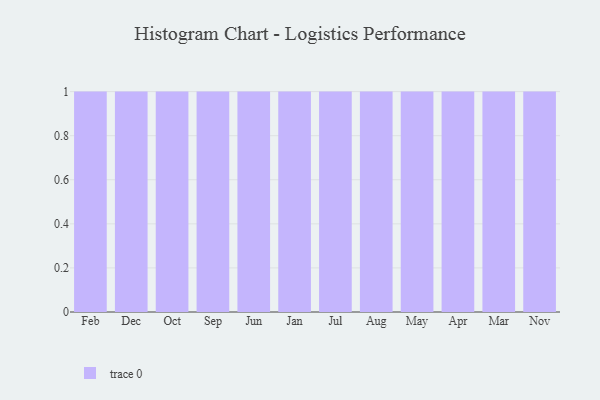
{"axis": {"x": "Month", "y": "Customer Acquisition Cost (USD)"}, "legend": [""], "data": [{"x": "Feb", "y": 22, "type": ""}, {"x": "Dec", "y": 49, "type": ""}, {"x": "Oct", "y": 100, "type": ""}, {"x": "Sep", "y": 44, "type": ""}, {"x": "Jun", "y": 41, "type": ""}, {"x": "Jan", "y": 13, "type": ""}, {"x": "Jul", "y": 23, "type": ""}, {"x": "Aug", "y": 70, "type": ""}, {"x": "May", "y": 89, "type": ""}, {"x": "Apr", "y": 41, "type": ""}, {"x": "Mar", "y": 70, "type": ""}, {"x": "Nov", "y": 23, "type": ""}]}